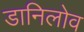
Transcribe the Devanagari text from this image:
डानिलोव